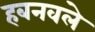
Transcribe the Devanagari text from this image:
हबनवले